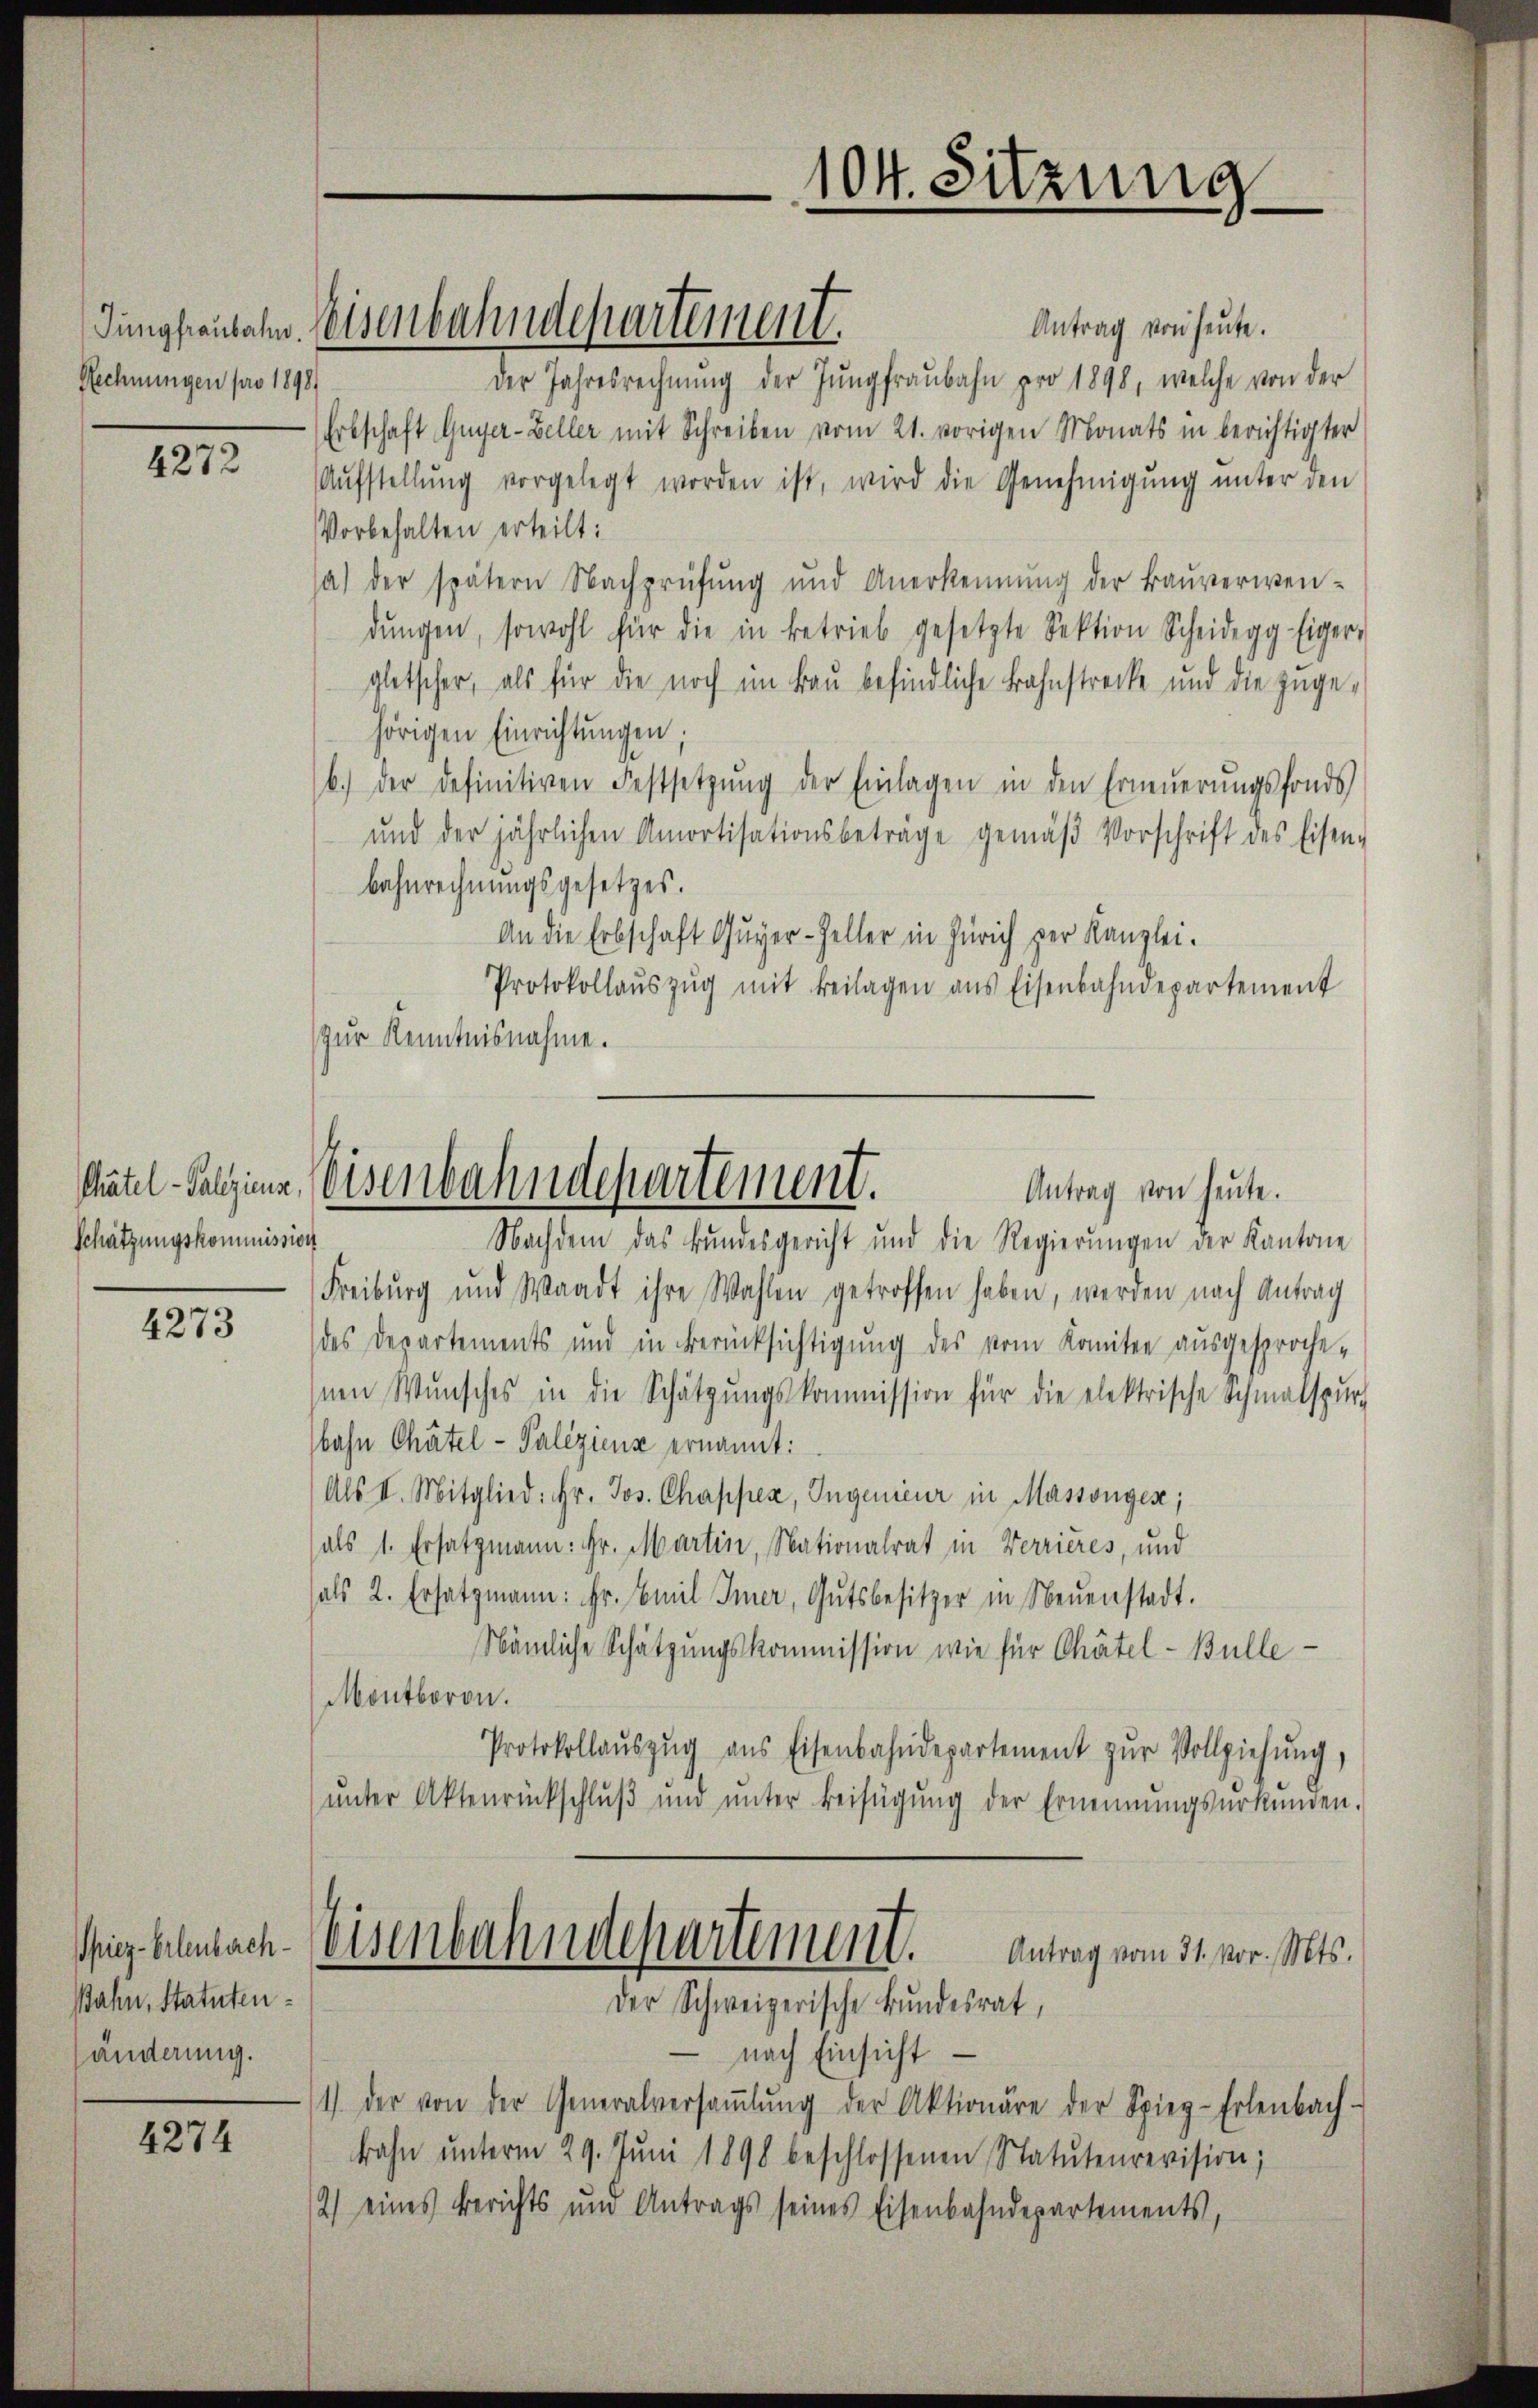
Rechnungen pro 1898.

4272

Schätzungskommission

4273

piez-Erlenberch
Jahn, Statutenhänderung.

4274

Antrag von heute.
der Jahresrechnŭng der Jungfraŭbahn pro 1898, welche von der
Erbschaft Guyer-Zeller mit Schreiben vom 21. vorigen Monats in berichtigter
Aŭfstellŭng vorgelegt worden ist, wird die Genehmigŭng ŭnter den
Vorbehalten erteilt:
sa) der spätern Nachprüfŭng und Anerkennung der Baŭverwen-
dŭngen, sowohl für die in betrieb gesetzte Sektion Scheide Eiger-
gletscher, als für die noch im Bau befindliche Bahnstrecke und die zuge-
hörigen Einrichtungen.
b.) der definitiven Festsetzŭng der Einlagen in den Erneŭerŭngsfonds
und der jährlichen Amortisationsbetrage gemäβ Vorschrift des Eisen-
bahnrechnungsgesetzes.
An die Erbschaft Guyer-Zeller in Zürich per Kanzlei.
Protokollaŭszŭg mit Beilagen ans Eisenbahndepartement
zur Kenntnisnahme.

Jungfenbahn. Weisenbahndepartement.

104. Sitzung

utel-Salina, Weisenbahndepartement.
Antrag von heute.

Nachdem das Bundesgericht und die Regierŭngen der Kantone
Freiburg und Waadt ihre Wahlen getroffen haben, werden nach Antrag
des Departements und in Berücksichtigŭng des vom Komitee aŭsgesproche-
nen Wŭnsches in die Schätzŭngskommission für die elektrische Schmalspurg
bahn Chätel- Palizienz ernannt:
(Als II. Mitglied: Hr. Jos. Chapper, Ingenieur in Massongen;
(als 1. Ersatzmann: Fr. Martin, Nationalrat in Verrieres, und
als 2. Ersatzmann: Fr. Emil Inner, Gutsbesitzer in Neŭenstadt.
Nämliche Schätzungskommission wie für Chätel- Bulle
Montboron.
Protokollaŭszŭg ans Eisenbahndepartement zŭr Vollziehŭng,
ŭnter Aktenrückschlŭβ ŭnd ŭnter Beifügŭng der Ernennungsurkunden.
Eisenbahndepartement.
Antrag vom 31. vor. Mts.
Der Schweizerische Bundesrat,

nach Einsicht
1) der von der Generalversaṁlŭng der Aktionäre der Spieg-Erlenbach-
bahn ŭnterm 29. Jŭni 1898 beschlossenen Statutenrevision;
2) eines Berichts und Antrags seines Eisenbahndepartements,